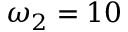
\omega _ { 2 } = 1 0